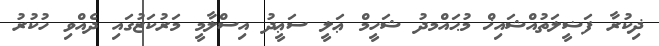
ޛިކުރާ ފަޟީލަތުއްޝައިޚް މުޙައްމދު ޝަހީމް ޢަލީ ސަޢީދު އިސްލާމީ މަރުކަޒުގައި ދެއްވި ހުކުރު